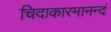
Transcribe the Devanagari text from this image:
चिदाकारमानन्दं